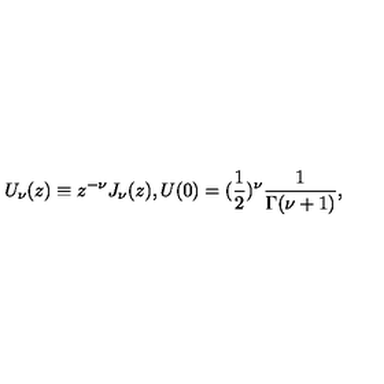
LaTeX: U _ { \nu } ( z ) \equiv z ^ { - \nu } J _ { \nu } ( z ) , U ( 0 ) = ( \frac { 1 } { 2 } ) ^ { \nu } \frac { 1 } { \Gamma ( \nu + 1 ) } ,